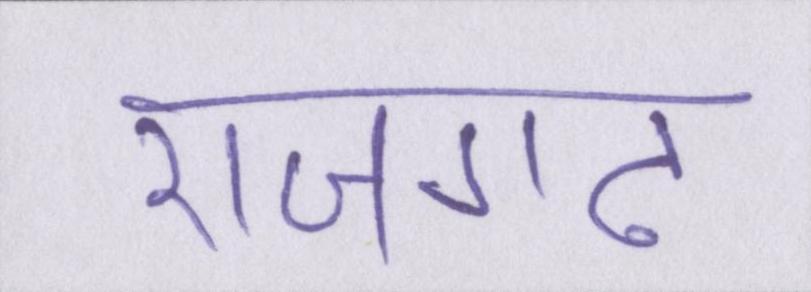
राजगढ